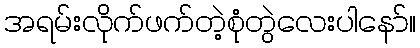
အရမ်းလိုက်ဖက်တဲ့စုံတွဲလေးပါနော်။